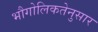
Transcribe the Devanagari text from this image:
भौगोलिकतेनुसार